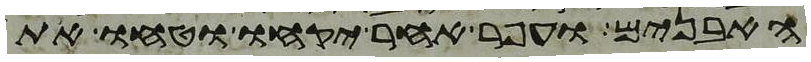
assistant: האבנים ועפר אחר יקחו וטחו את